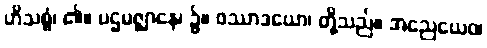
ဟိသစ္စံ၊ ၏။ ပဌမဇ္ဈာနေ၊ ၌။ ဖဿာဒယော၊ တို့သည်။ အညေယေဝ၊